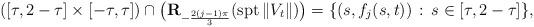
LaTeX: \begin{align*}([\tau ,2-\tau]\times [-\tau,\tau])\cap \big({\bf R}_{-\frac{2(j-1)\pi}{3}}({\rm spt}\,\|V_t\|)\big)=\{(s,f_j(s,t))\,:\, s\in [\tau ,2-\tau]\},\end{align*}